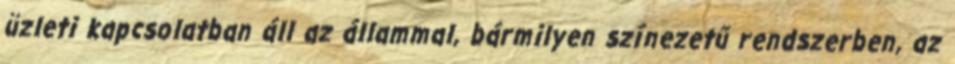
üzleti kapcsolatban áll az állammal, bármilyen színezetű rendszerben, az